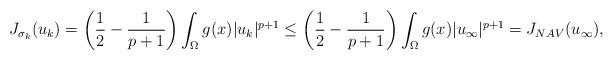
LaTeX: \begin{align*}J_{\sigma_k}(u_k)=\bigg(\dfrac{1}{2}-\dfrac{1}{p+1}\bigg)\int_\Omega g(x)|u_k|^{p+1}\leq\bigg(\dfrac{1}{2}-\dfrac{1}{p+1}\bigg)\int_\Omega g(x)|u_\infty|^{p+1}=J_{NAV}(u_\infty),\end{align*}